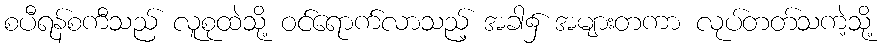
စပီရန်စကီသည် လူစုထဲသို့ ဝင်ရောက်လာသည့် အခါ၌ အများတကာ လုပ်တတ်သကဲ့သို့